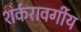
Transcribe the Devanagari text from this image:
शर्करावर्गीय